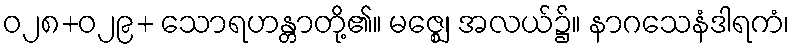
ဝ၂၈+ဝ၂၉+ သောရဟန္တာတို့၏။ မဇ္ဈေ၊ အလယ်၌။ နာဂသေနံဒါရကံ၊